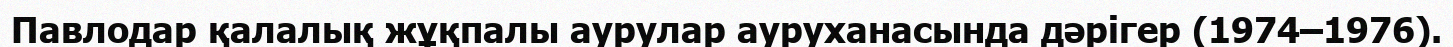
Павлодар қалалық жұқпалы аурулар ауруханасында дәрігер (1974–1976).